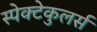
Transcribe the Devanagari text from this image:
स्पेक्टेकुलर्स